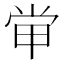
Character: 𡭵